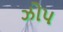
ઝોપ